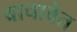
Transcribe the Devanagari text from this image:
वाचावेत